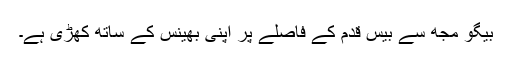
بیگو مجھ سے بیس قدم کے فاصلے پر اپنی بھینس کے ساتھ کھڑی ہے۔